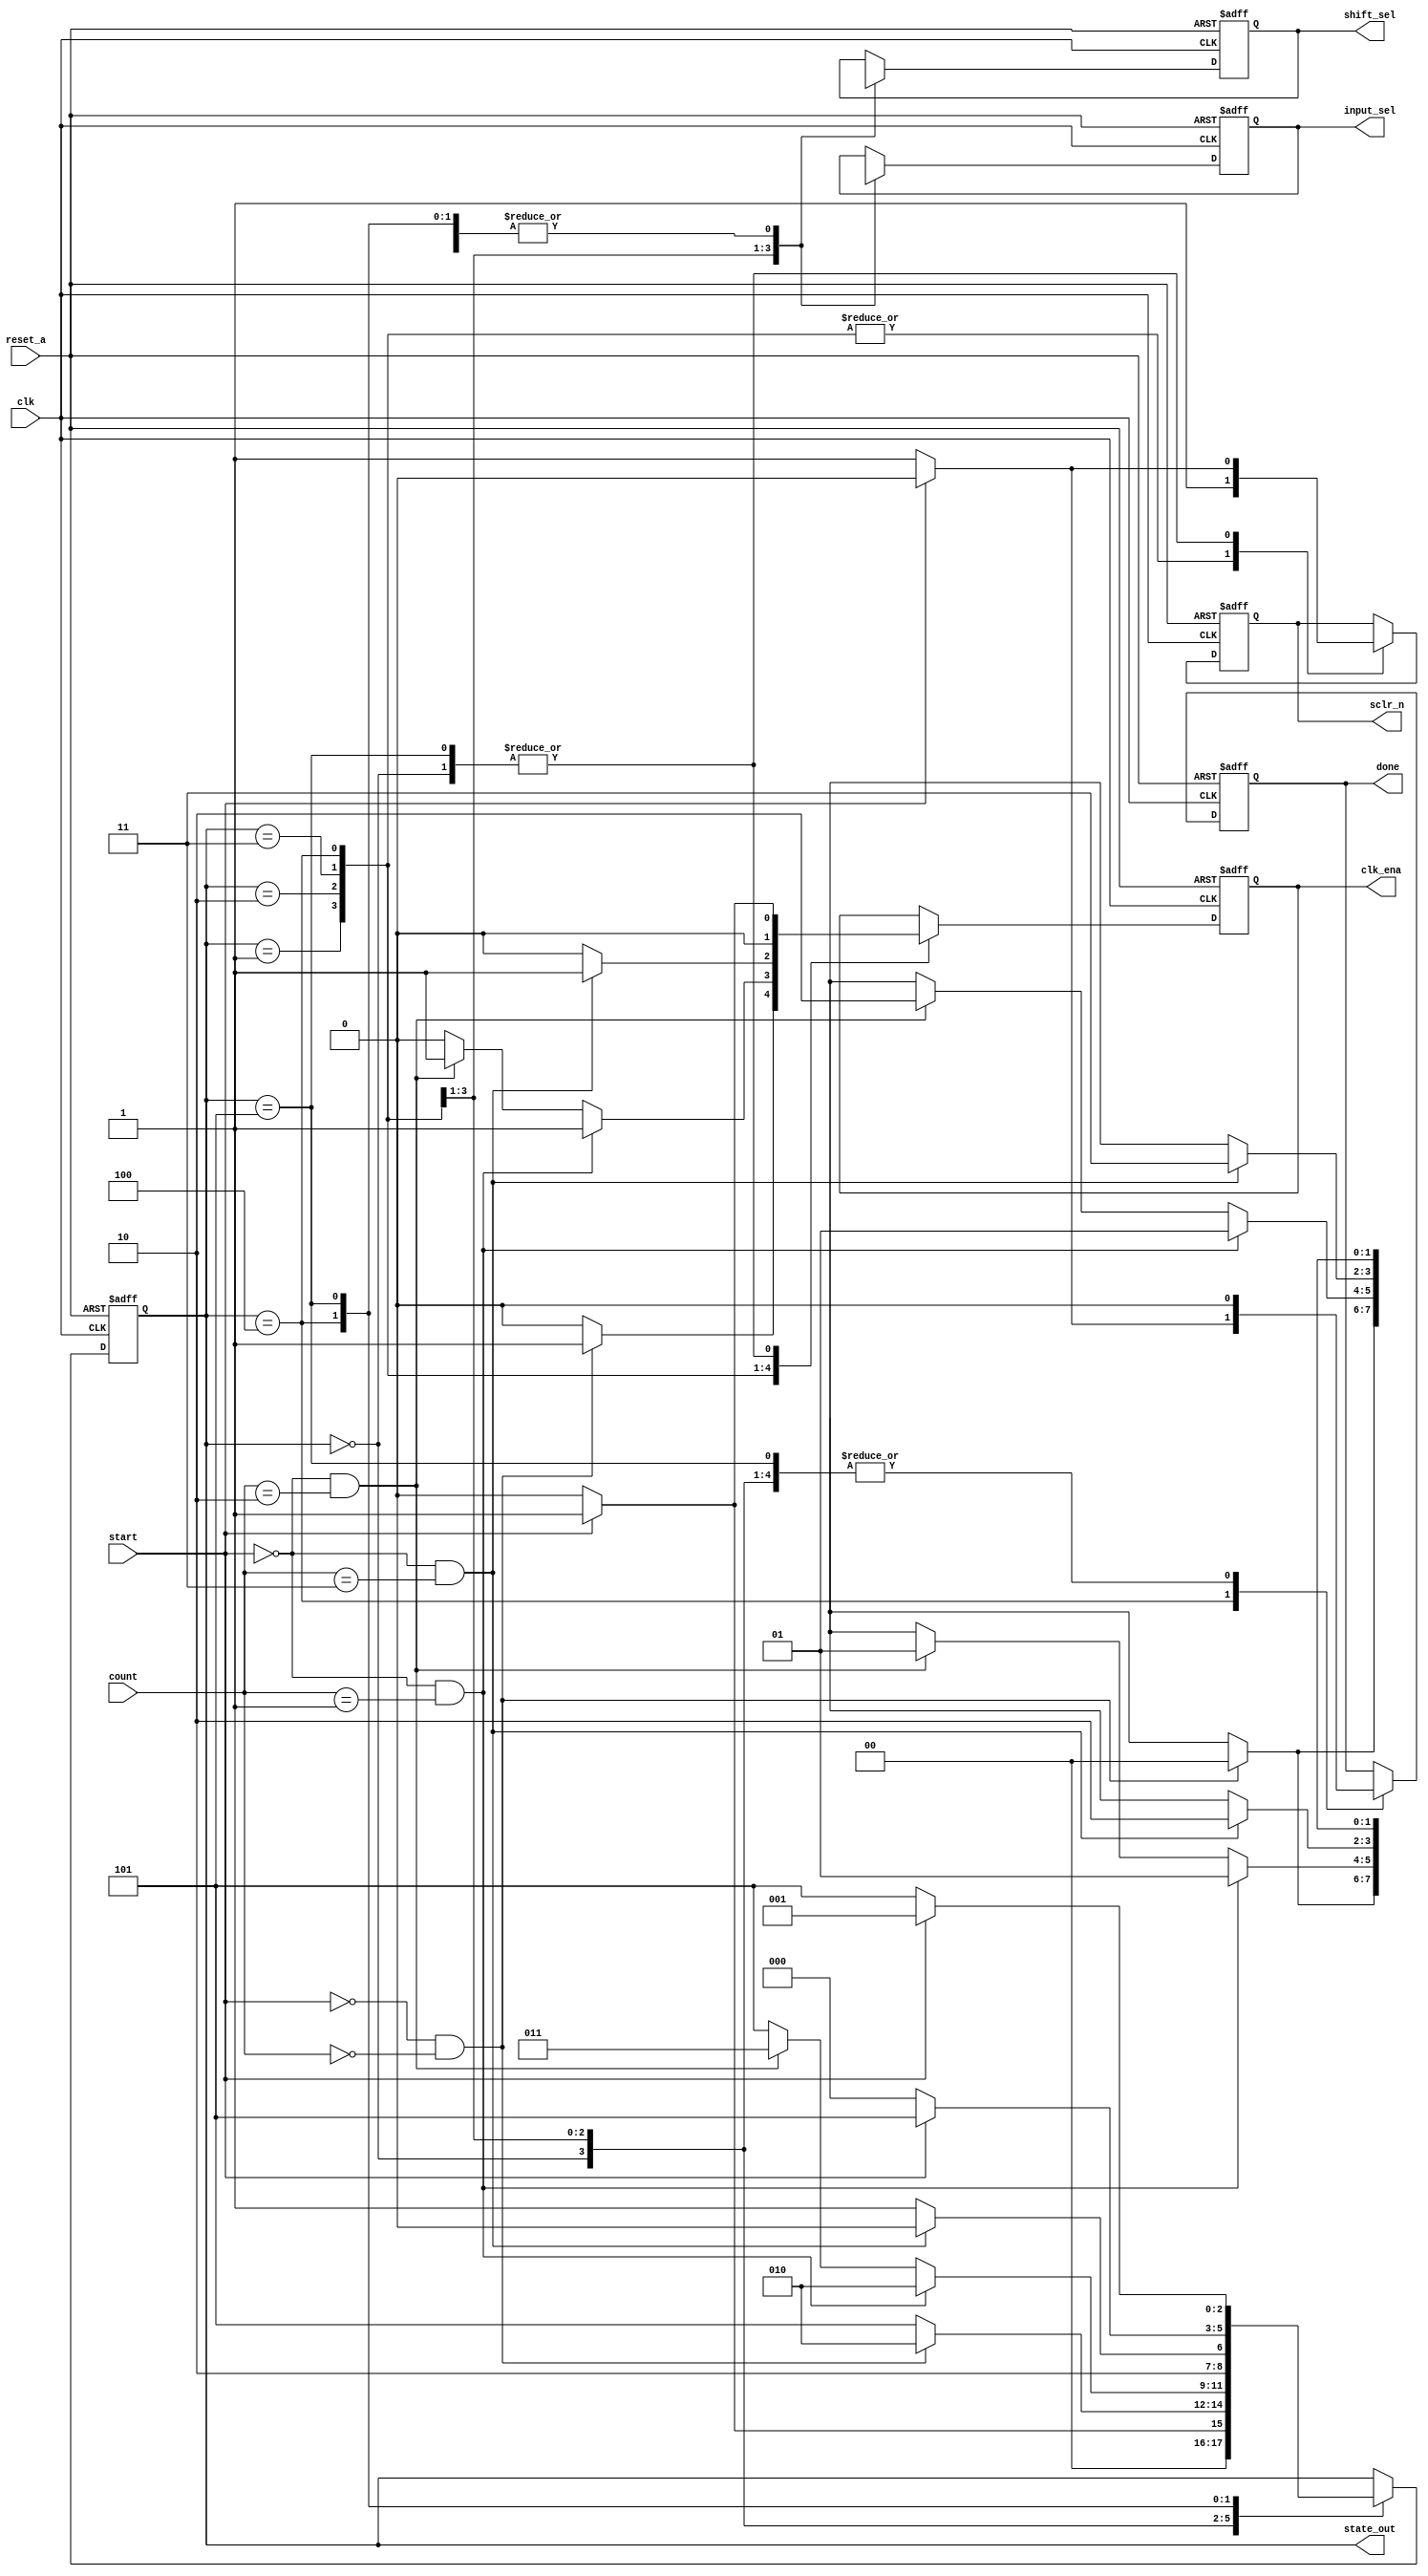
module mult_control #(
                      parameter idle=3'b000,
							 parameter lsb=3'b001,
							 parameter mid=3'b010,
							 parameter msb=3'b011,
							 parameter calc_done=3'b100,
							 parameter err =3'b101
							 )
 

                   (
						  input clk,start,reset_a,
                    input[1:0] count,
                    output  clk_ena,done,sclr_n,
                    output [1:0] input_sel,shift_sel,
                    output reg[2:0] state_out );
						  
						  
						  

	
   	
		
  reg[2:0] curr_state,next_state;
  
  reg curr_clk_ena,next_clk_ena,
      curr_done,next_done,
		curr_sclr_n,next_sclr_n;
		
		
  reg[1:0] curr_input_sel,next_input_sel,
           curr_shift_sel,next_shift_sel;
			  
  
  
  assign clk_ena = curr_clk_ena;
  assign done = curr_done;
  assign sclr_n = curr_sclr_n;
  assign input_sel = curr_input_sel; 
  assign shift_sel = curr_shift_sel ;

  
  always@(posedge clk,posedge reset_a) begin 
  
  
    if(reset_a)begin 
	    
		 curr_state=idle;
	    curr_done<=0;
		 curr_sclr_n<=1;
		 curr_input_sel<=2'bxx;
		 curr_shift_sel<=2'bxx;
	    curr_clk_ena<=0;
	 end
	 
	 
	 else begin 
	 
		 curr_state<=next_state;
	    curr_done<=next_done;
		 curr_sclr_n<=next_sclr_n;
		 curr_input_sel<=next_input_sel;
		 curr_shift_sel<=next_shift_sel;
	    curr_clk_ena<=next_clk_ena;	 
	 
	 end
	   
  
  
  end
  
  
  
  
  
  
  
  
  always@(start,count,curr_state) begin 
  
  		 next_state=curr_state;
	    next_done=curr_done;
		 next_sclr_n=curr_sclr_n;
		 next_input_sel=curr_input_sel;
		 next_shift_sel=curr_shift_sel;
	    next_clk_ena=curr_clk_ena;	 

     case(curr_state) 
	  
	  
	     idle: begin 
		        
				  if(!start)begin
				  
  		               next_state=idle;
	                  next_done=0;
		               next_sclr_n=1;
		               next_input_sel=2'bxx;
		               next_shift_sel=2'bxx;
	                  next_clk_ena=0;	 
				    

				  end
				  
				  else if(start) begin 
				  
  		               next_state=lsb;
	                  next_done=0;
		               next_sclr_n=0;
		               next_input_sel=2'bxx;
		               next_shift_sel=2'bxx;
	                  next_clk_ena=1;	 
		
                   

              end		
		  
		  
		  
		  end
	  




	     lsb: begin 
		        
				  if(start==0 && count==2'b00)begin
				  
  		               next_state=mid;
	                  next_done=0;
		               next_sclr_n=1;
		               next_input_sel=2'b00;
		               next_shift_sel=2'b00;
	                  next_clk_ena=1;	 
				    

				  end
				  
				  else  begin 
				  
  		               next_state=err;
	                  next_done=0;
		               next_sclr_n=1;
		               next_input_sel=2'bxx;
		               next_shift_sel=2'bxx;
	                  next_clk_ena=0;	 
		
                   

              end		
		  
		  
		  
		  end
	



	     mid: begin 
		        
				  if(!start && count==1)begin
				  
  		               next_state=mid;
	                  next_done=0;
		               next_sclr_n=1;
		               next_input_sel=2'b01;
		               next_shift_sel=2'b01;
	                  next_clk_ena=1;	 
				    

				  end
				  
				  else if(!start && count==2) begin 
				  
  		               next_state=msb;
	                  next_done=0;
		               next_sclr_n=1;
		               next_input_sel=2'b10;
		               next_shift_sel=2'b01;
	                  next_clk_ena=1;	 
		
                   

              end		
				  
				  
				  else  begin 
				  
  		               next_state=err;
	                  next_done=0;
		               next_sclr_n=1;
		               next_input_sel=2'bXX;
		               next_shift_sel=2'bXX;
	                  next_clk_ena=0;	 
		
                   

              end		
		  
		  
		  
		  end
		 
		
	
	     msb: begin 
		        
				  if(!start && count==3)begin
				  
  		               next_state=calc_done;
	                  next_done=0;
		               next_sclr_n=1;
		               next_input_sel=2'b11;
		               next_shift_sel=2'b10;
	                  next_clk_ena=1;	 
				    

				  end
				  
				  else  begin 
				  
  		               next_state=err;
	                  next_done=0;
		               next_sclr_n=1;
		               next_input_sel=2'bxx;
		               next_shift_sel=2'bxx;
	                  next_clk_ena=0;	 
		
                   

              end		
		  
		  
		  
		  end	

	


	     calc_done: begin 
		        
				  if(!start)begin
				  
  		               next_state=idle;
	                  next_done=1;
		               next_sclr_n=1;
		               next_input_sel=2'bxx;
		               next_shift_sel=2'bxx;
	                  next_clk_ena=0;	 
				    

				  end
				  
				  else  begin 
				  
  		               next_state=err;
	                  next_done=0;
		               next_sclr_n=1;
		               next_input_sel=2'bxx;
		               next_shift_sel=2'bxx;
	                  next_clk_ena=0;	 
		
                   

              end		
		  
		  
		  
		  end		



	     err: begin 
		        
				  if(start)begin
				  
  		               next_state=lsb;
	                  next_done=0;
		               next_sclr_n=0;
		               next_input_sel=2'bxx;
		               next_shift_sel=2'bxx;
	                  next_clk_ena=1;	 
				    

				  end
				  
				  else  begin 
				  
  		               next_state=err;
	                  next_done=0;
		               next_sclr_n=1;
		               next_input_sel=2'bxx;
		               next_shift_sel=2'bxx;
	                  next_clk_ena=0;	 
		
                   

              end		
		  
		  
		  
		  end		

		  
	  
	  endcase
  
  
  
  
  end
  
  
  
  always@(curr_state) begin 
  
     
	  state_out=curr_state;
  
  
  end
  
  
  
  
  
  
  
  
  endmodule 
  
  
  
  
  /*module TB();
  
  
   reg clk,start,reset_a;
   reg[1:0] count;
   wire clk_ena,done,sclr_n;
   wire[1:0] input_sel,shift_sel;
   wire[2:0] state_out;
  
  
  
  initial begin 
  
  
  
  clk=0;
  
  #10
  
  reset_a=1;
  
  #10
  
  clk=1;
  
  #10
  
  reset_a=0;
  clk=0;

  #10
  
  start=1;
  
  #10
  
   clk=1;
  
  #10
  
  clk=0;
  
  #10
  

  start=1;
  count=2;
  
  
  #10
  
  clk=1;
  
  #10
  
  clk=0;
  
  #10
  

   
  start=1;
  count=0;
  
  #10
  
  clk=1;
  
  #10
  
  clk=0;
  
  #10


  
  start=0;
  count=0;
  
  #10
  
  clk=1;
  
  #10
  
  clk=0;
  
  #10

  

  
  
  #10

  start=0;
  count=1;
  
  #10
  
  clk=1;
  
  #10
  
  clk=0;
  
  #10

  
  
  #10
   

  start=0;
  count=2;
  
  #10
  
  clk=1;
  
  #10
  
  clk=0;
  
  #10

  
  
  #10
  
  
  
  start=0;
  count=3;
  
  #10
  
  clk=1;
  
  #10
  
  clk=0;
  
  #10

  
  
  #10
  
  
  start=0;
 
  
   #10
  
  clk=1;
  
  #10
  
  clk=0;
  
  

  
  

  end
  
  
  mult_control mult_control_test(.clk(clk),
                                 .start(start),
											.reset_a(reset_a),
											.count(count),
											.clk_ena(clk_ena),
											.done(done),
											.sclr_n(sclr_n),
											.input_sel(input_sel),
											.shift_sel(shift_sel),
											.state_out(state_out));
  
  
  
  endmodule */